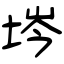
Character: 埁